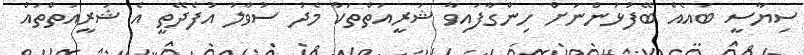
ސިޔާސީ ބައެއް ބޭފުޅުންނަށް ހިންގާފައިވާ ޝަރީއަތްތަކާ މެދު ސުވާލު އުފެދޭތީ އެ ޝަރީއަތްތައް